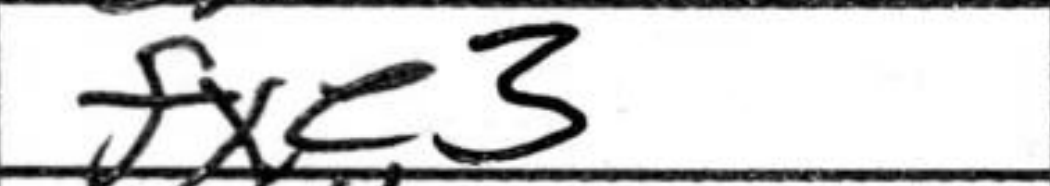
Transcription: fxe3